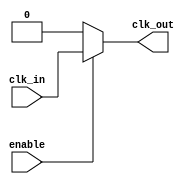
module clock_buffer (
    input wire clk_in,      // Single-ended clock input
    input wire enable,      // Enable signal for power management
    output wire clk_out     // Buffered clock output
);

// Internal signals
wire clk_buf;

// Buffering mechanism using a series of inverters
// The number of inverters can be adjusted based on load requirements
// Here, we use a simple two-stage inverter buffer for demonstration
wire inv1, inv2;

// First inverter stage
assign inv1 = ~clk_in;

// Second inverter stage
assign inv2 = ~inv1;

// Enable functionality
assign clk_buf = enable ? inv2 : 1'b0; // Output 0 when disabled

// Final output assignment
assign clk_out = clk_buf;

endmodule